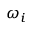
\omega _ { i }